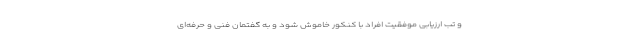
و تب ارزیابی موفقیت افراد با کنکور خاموش شود و به گفتمان فنی و حرفه‌ای